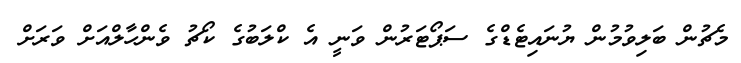
މެޗުން ބަލިވުމުން ޔުނައިޓެޑްގެ ސަޕޯޓަރުން ވަނީ އެ ކްލަބުގެ ކޯޗު ވެންހާލްއަށް ވަރަށް